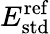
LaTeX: E_{\mathrm{std}}^{\mathrm{ref}}